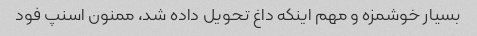
بسیار خوشمزه و مهم اینکه داغ تحویل داده شد، ممنون اسنپ فود